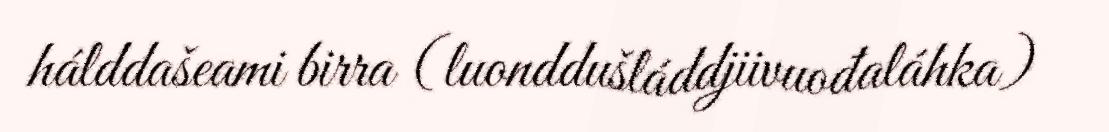
hálddašeami birra (luonddušláddjiivuođaláhka)